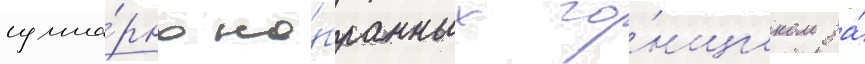
сумма́рно на́бранных го́нщиком за́